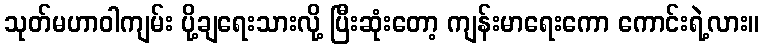
သုတ်မဟာဝါကျမ်း ပို့ချရေးသားလို့ ပြီးဆုံးတော့ ကျန်းမာရေးကော ကောင်းရဲ့လား။